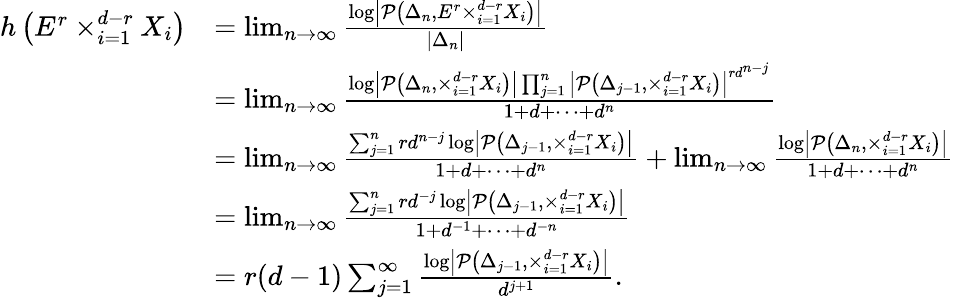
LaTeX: \begin{array}{rl}{h\left(E^{r}\times_{i=1}^{d-r}X_{i}\right)}&{=\operatorname*{lim}_{n\to\infty}\frac{\log\left|\mathcal{P}\left(\Delta_{n},E^{r}\times_{i=1}^{d-r}X_{i}\right)\right|}{\left|\Delta_{n}\right|}}\\ &{=\operatorname*{lim}_{n\to\infty}\frac{\log\left|\mathcal{P}\left(\Delta_{n},\times_{i=1}^{d-r}X_{i}\right)\right|\prod_{j=1}^{n}\left|\mathcal{P}\left(\Delta_{j-1},\times_{i=1}^{d-r}X_{i}\right)\right|^{rd^{n-j}}}{1+d+\cdots+d^{n}}}\\ &{=\operatorname*{lim}_{n\to\infty}\frac{\sum_{j=1}^{n}rd^{n-j}\log\left|\mathcal{P}\left(\Delta_{j-1},\times_{i=1}^{d-r}X_{i}\right)\right|}{1+d+\cdots+d^{n}}+\operatorname*{lim}_{n\to\infty}\frac{\log\left|\mathcal{P}\left(\Delta_{n},\times_{i=1}^{d-r}X_{i}\right)\right|}{1+d+\cdots+d^{n}}}\\ &{=\operatorname*{lim}_{n\to\infty}\frac{\sum_{j=1}^{n}rd^{-j}\log\left|\mathcal{P}\left(\Delta_{j-1},\times_{i=1}^{d-r}X_{i}\right)\right|}{1+d^{-1}+\cdots+d^{-n}}}\\ &{=r(d-1)\sum_{j=1}^{\infty}\frac{\log\left|\mathcal{P}\left(\Delta_{j-1},\times_{i=1}^{d-r}X_{i}\right)\right|}{d^{j+1}}.}\end{array}